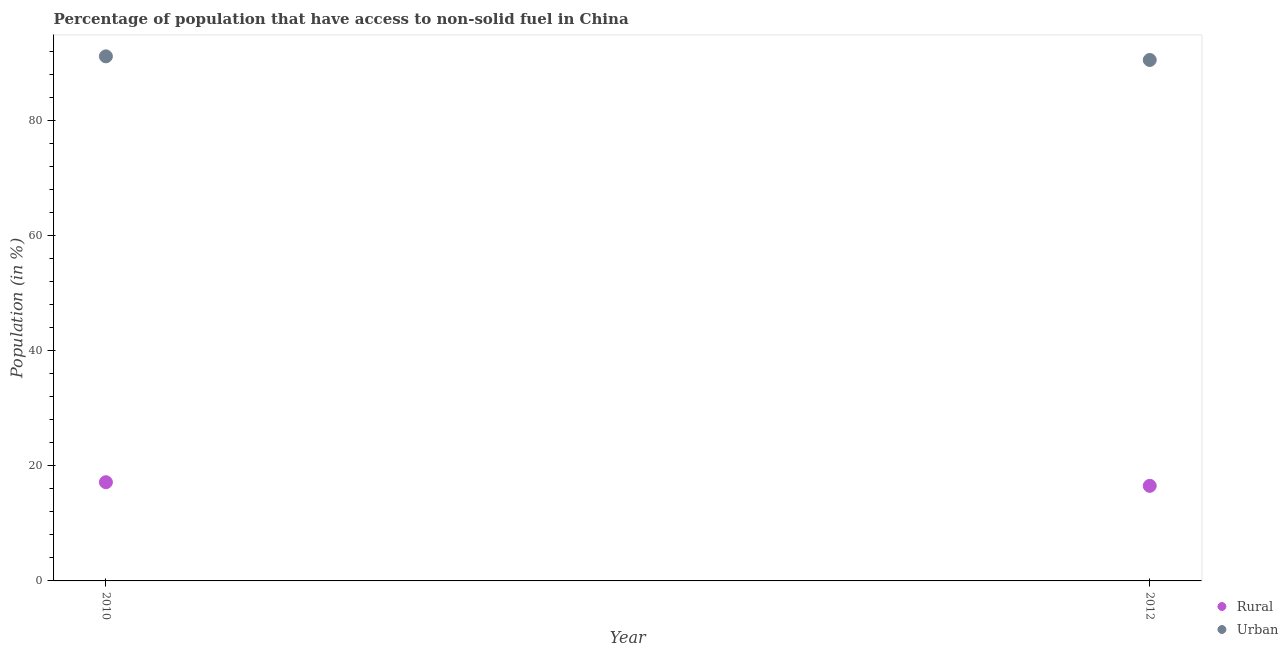
| Year | Rural | Urban |
 | --- | --- | --- |
 | 2010 | 17.2 | 91.2 |
 | 2012 | 16.5 | 90.6 |